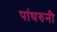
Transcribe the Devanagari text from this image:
पांघरुनी